Trukikaitis_Postimees, lk 3
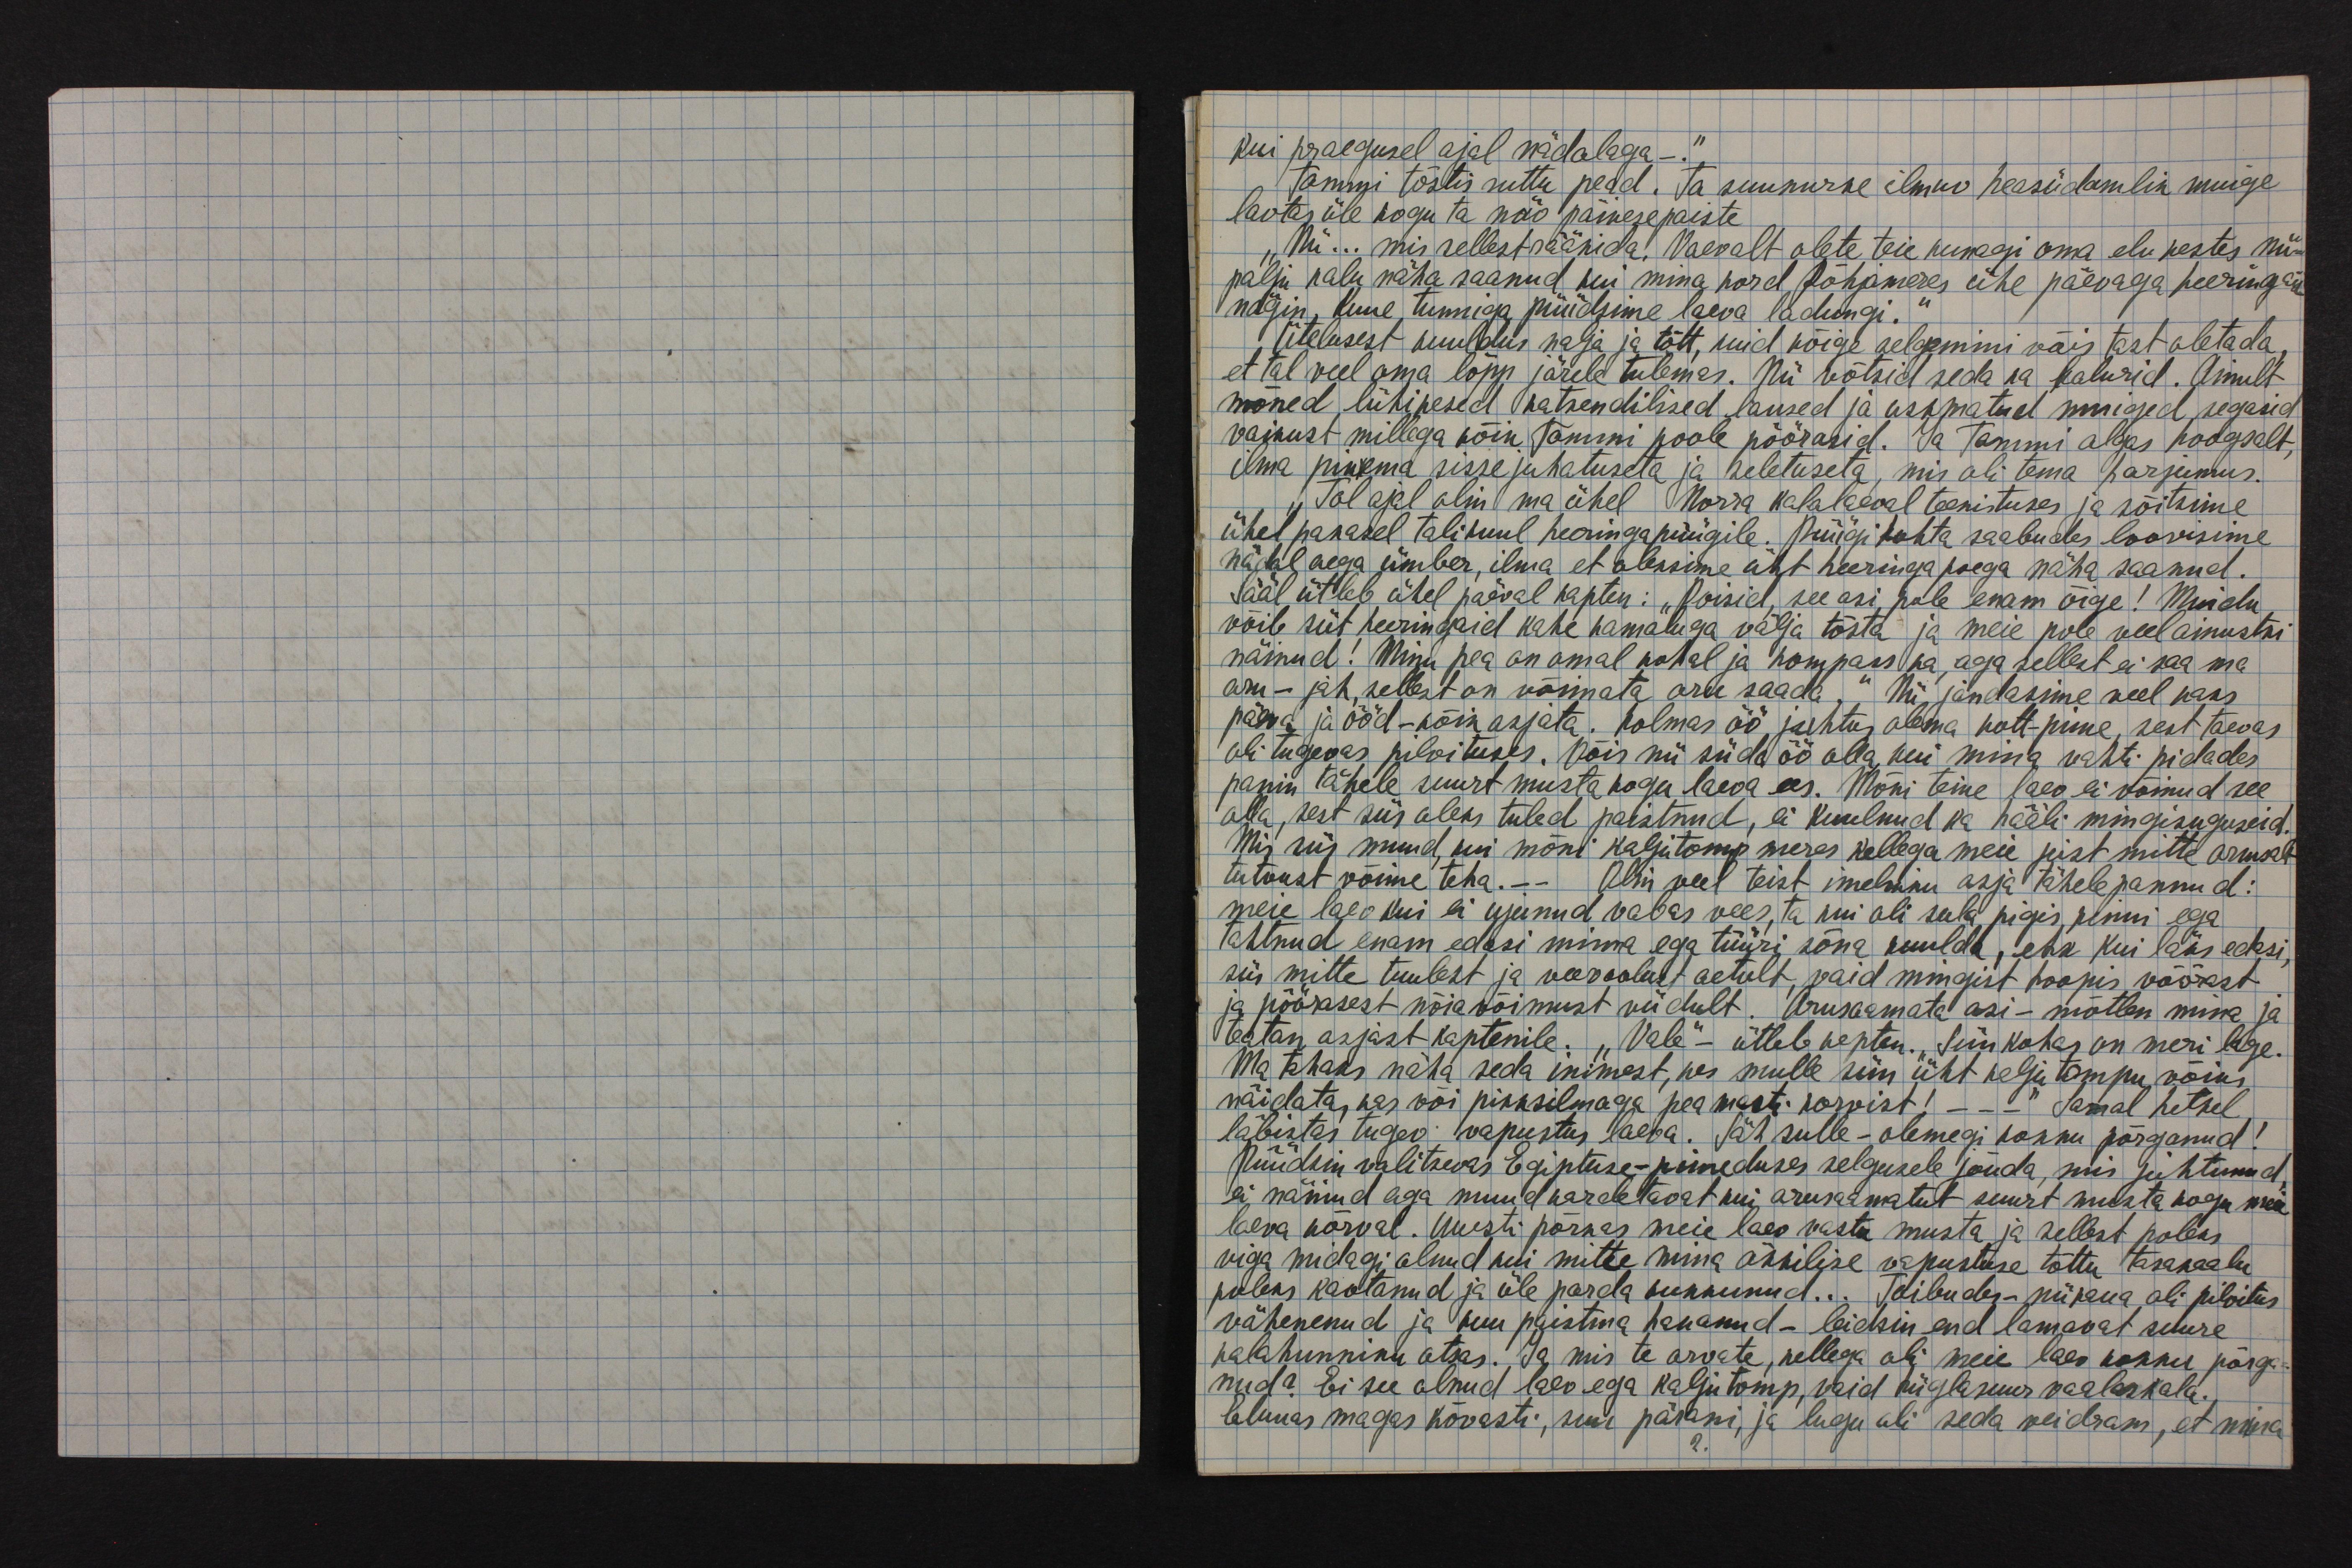
kui praeguel ajal nädalaga-."
Tommi tõstis ruttu pead. Ta suunurke ilmuv heasüdamlik muige
laotas üle kogu ta näo päikesepaiste
"Nii... mis sellest rääkida! Vaevalt olete teie kunagi oma elu kestes nii-
palju kalu näha saanud kui mina kord Põhjameres ühe päevaga heeringaid
nägin, kuue tunniga püüdsime laeva laadungi."
Ütelusest kuuldus nalja ja tõtt, kuid kõige selgemini võis tast oletada,
et tal veel oma lõpp järele tulemas. Nii võtsid seda ka kalurid. Ainult
mõned lühikesed katkendilised laused ja uskmatud muiged segasid
vaikust millega kõik Tommi poole pöörasid. Ja Tommi algas hoogsalt,
ilma pikema sissejuhatuseta ja seletuseta, mis oli tema harjumus.
Tol ajal olin ma ühel Norra kalalaeval teenistuses ja sõitsime
ühel pakasel talikuul heeringapüügile. Püügi kohta saabudes loovisime
nädal aega ümber, ilma et oleksime üht heeringa poega näha saanud.
Sääl ütleb ühel päeval kapten: "Poisid, see asi pole enam õige! Muidu
võib siit heeringaid kahe kamaluga välja tõsta ja meie pole veel ainustki
näinud! Minu pea on omal kohal ja kompass ka, aga sellest ei saa ma
aru - jah, sellest on võimata aru saada." Nii jändasime veel kaks
päeva ja ööd - kõik asjata. Kolmas öö juhtus olema kott-pime, sest taevas
oli tugevas pilvituses. Võis nii süda öö olla, kui mina vahti pidades
panin tähele suurt musta kogu laeva ees. Mõni teine laev ei võinud see
olla, sest siis oleks tuled paistnud, ei kuulnud ka hääli mingisuguseid.
Mis siis muud, kui mõni kaljutomp meres kellega meie just mitte armsalt
tutvust võime teha. - - Olin veel teist imelikku asja tähele pannud:
meie laev kui ei ujunud vabas vees, ta kui oli sula pigis kinni ega
tahtnud enam edasi minna ega tüüri sõna kuulda, ehk kui läks edasi,
siis mitte tuulest ja veevoolust aetult, vaid mingist hoopis võõrast
ja pöörasest nõiavõimust viidult. Arusaamata asi - mõtlen mina ja
teatan asjast kaptenile. "Vale" - ütleb kapten. "Siin kohas on meri lage.
Ma tahaks näha seda inimest, kes mulle siin üht kalju tompu võiks
näidata, kas või pikksilmaga pea masti korvist! _ _ _" Samal hetkel
läbistas tugev vapustus laeva. Säh sulle - olemegi kokku põrganud!
Püüdsin valitsevas Egiptuse-pimeduses selgusele jõuda, mis juhtunud,
ei näinud aga muud kardetavat kui arusaamatut suurt musta kogu meie
laeva kõrval. Uuesti põrkas meie laev vastu musta ja sellest poleks
viga midagi olnud kui mitte mina äkkilise vapustuse tõttu tasakaalu
poleks kaotanud ja üle parda kukkunud... Toibudes - nii kaua oli pilvitus
vähenenud ja kuu paistma hakanud - leidsin end lamavat suure
kalahunniku otsas. Ja mis te arvate, kellega oli meie laev kokku põrga-
nud? Ei see olnud laev ega kaljutomp, vaid hiiglasuur vaalaskala.
Elukas magas kõvasti, suu pärani, ja lugu oli seda veidram, et mina